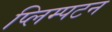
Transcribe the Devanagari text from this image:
प्लिम्पटन